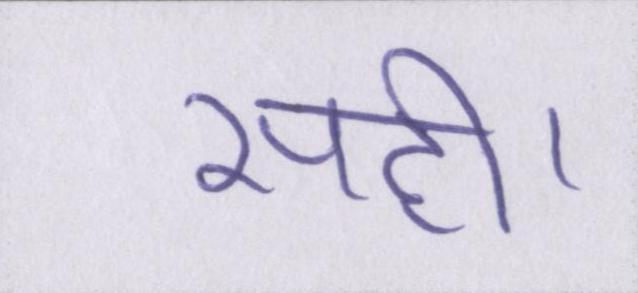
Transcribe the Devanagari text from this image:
सही।